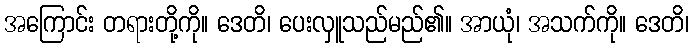
အကြောင်း တရားတို့ကို။ ဒေတိ၊ ပေးလှူသည်မည်၏။ အာယုံ၊ အသက်ကို။ ဒေတိ၊